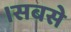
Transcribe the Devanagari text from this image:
।सबसे